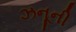
ઝનૂની